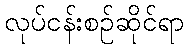
လုပ်ငန်းစဉ်ဆိုင်ရာ